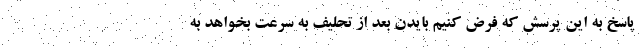
پاسخ به این پرسش که فرض کنیم بایدن بعد از تحلیف به سرعت بخواهد به